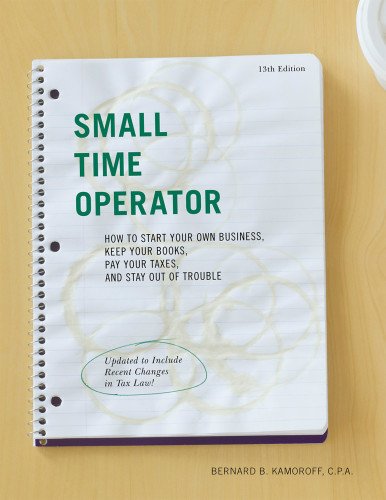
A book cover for Small Time Operator: How to Start Your Own Business, Keep Your Books, Pay Your Taxes, and Stay Out of Trouble (Small Time Operator: How to Start Your ... Keep Yourbooks, Pay Your Taxes, & Stay Ou); Bernard B. Kamoroff C.P.A.; Business & Money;